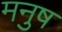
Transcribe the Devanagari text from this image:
मनुष